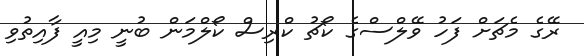
ރޭގެ މެޗަށް ފަހު ވޭލްސްގެ ކޯޗު ކްރިސް ކޯލްމަން ބުނީ މިއީ ފާއިތުވި